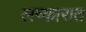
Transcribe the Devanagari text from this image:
लष्कारात